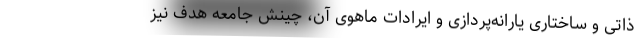
ذاتی و ساختاریِ یارانه‌پردازی و ایرادات ماهوی آن، چینش جامعه هدف نیز